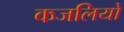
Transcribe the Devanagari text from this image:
कजलियों